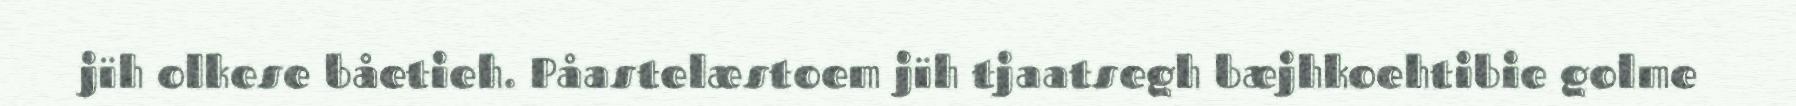
jïh olkese båetieh. Påastelæstoem jïh tjaatsegh bæjhkoehtibie golme